Vaccine operations Central Provinces 1886-1899 - 1886-1899
Year: 1886
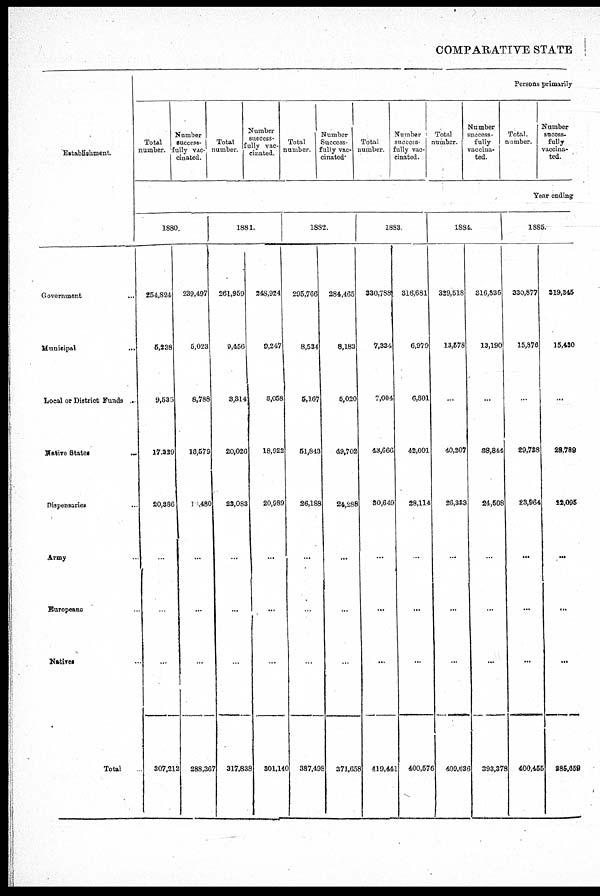
COMPARATIVE STATE
Establishment.
Government
...
Municipal
...
Local or District Funds .
Native States
...
Dispensaries ...
Army ...
Europeans ...
Natives ...
Total
Persons primarily
Total
number.
Number
success-
fully vac-
cinated.
Total
number.
Number
success-
fully vac-
cinated.
Total
number.
Number
Success-
fully vac-
cinated.
Total
number.
Number
success-
fully vac-
cinated.
Total
number.
Number
success-
fully
vaccina-
ted.
Total.
number.
Number
succss-
fully
vaccina-
ted.
Year ending
1880.
254,824
5,238
9,535
17,229
20,386
...
...
...
307,212
239,497
5,023
8,788
16,579
10,480
...
...
...
288,367
1881.
261,959
9,456
3,314
20,026
23,083
...
...
...
317,838
248,924
9,247
3,058
18,922
20,989
...
...
...
301,140
1882.
295,766
8,534
5,167
51,843
26,188
...
...
...
387,498
284,465
8,183
5,020
49,702
24,288
...
...
...
371,658
1883.
330,788
7,334
7,004
43,666
30,649
...
...
...
419,441
316,681
6,979
6,801
42,001
28,114
...
...
...
400,576
1884.
329,518
13,578
...
40,207
26,333
...
...
...
409,636
316,836
13,190
...
38,844
24,508
...
...
...
393,378
1885.
330,877
15,876
...
29,738
23,964
...
...
...
400,455
319,345
15,430
...
28,789
22,095
...
...
...
285,659